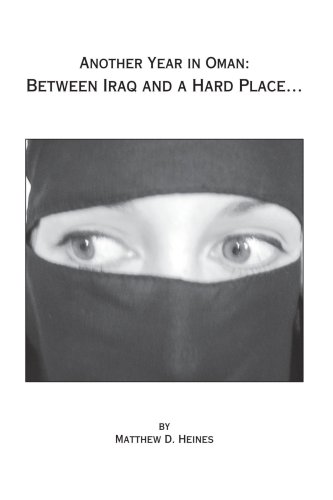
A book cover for Another Year In Oman: Between Iraq and a Hard Place...; Matthew D. Heines; History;